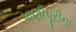
પાણીપૂરીના